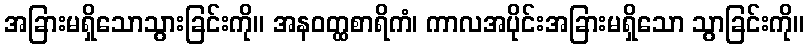
အခြားမရှိသောသွားခြင်းကို။ အနဝတ္ထစာရိကံ၊ ကာလအပိုင်းအခြားမရှိသော သွာခြင်းကို။